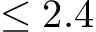
\leq 2 . 4